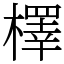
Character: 檡